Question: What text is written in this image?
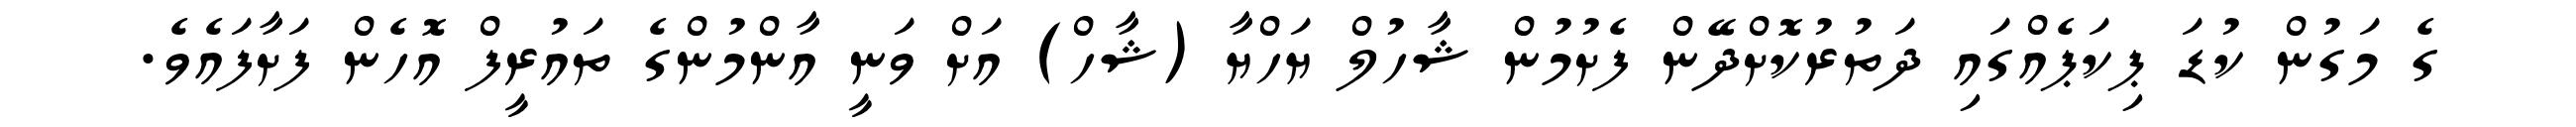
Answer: ގެ މަގުން ކުޑަ ޕިކަޕެއްގައި ދަތުރުކޮށްދޭން ފެށުމުން ޝާހުލް ޔަހްޔާ (ޝާހް) އަށް ވަނީ އާންމުންގެ ތައުރީފް އޮހެން ފަށާފައެވެ.